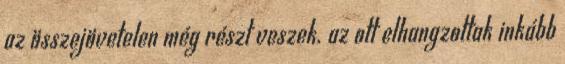
az összejövetelen még részt veszek. az ott elhangzottak inkább